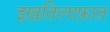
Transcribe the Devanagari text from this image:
इख़तिलाफ़ात